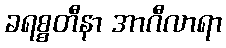
ခရစ္စတီနာ အာဂီလာရာ